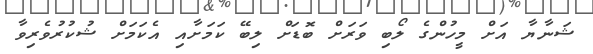
ޝަނާޔާ އަށް މީހުންގެ ލޯބި ވަރަށް ބޮޑަށް ލިބޭ ކަމަށާއި އެކަމަށް ޝުކުރުވެރިވާ